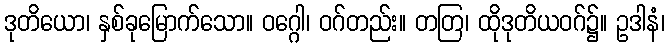
ဒုတိယော၊ နှစ်ခုမြောက်သော။ ဝဂ္ဂေါ၊ ဝဂ်တည်း။ တတြ၊ ထိုဒုတိယဝဂ်၌။ ဥဒါနံ၊